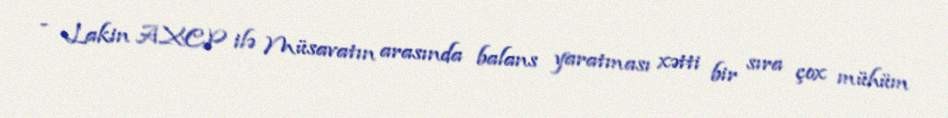
- Lakin AXCP ilə Müsavatın arasında balans yaratması xətti bir sıra çox mühüm